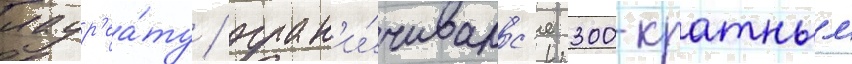
лаур'еа́ту / огран'и́чивалс'я 300-кратным